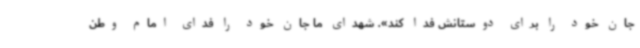
جان خود را برای دوستانش فدا کند». شهدای ما جان خود را فدای امام وطن